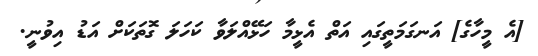
[އެ މީހާގެ] އަނގަމަތީގައި އަތް އެޅީމާ ހަޅޭއްލަވާ ކަހަލަ ގޮތަކަށް އަޑު އިވުނީ.